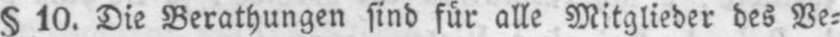
§ 10. Die Berathungen sind fúr alle Mitglieder des Ve⸗